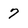
Character: 7